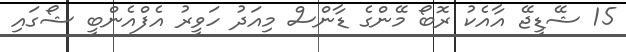
15 ޝޭޑީޖޭ އާއެކު ރޮބޯ މޭންގެ ޑާންސް މިއަދު ހަވީރު އެފްއެންބީ ޝޯގައި